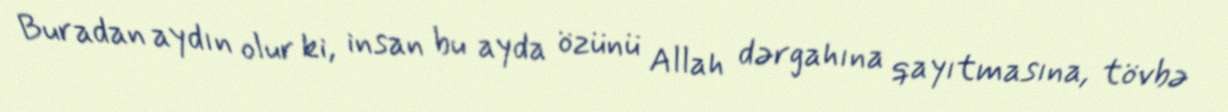
Buradan aydın olur ki, insan bu ayda özünü Allah dərgahına qayıtmasına, tövbə